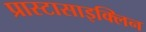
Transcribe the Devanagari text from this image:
प्रास्टासाइक्लिन